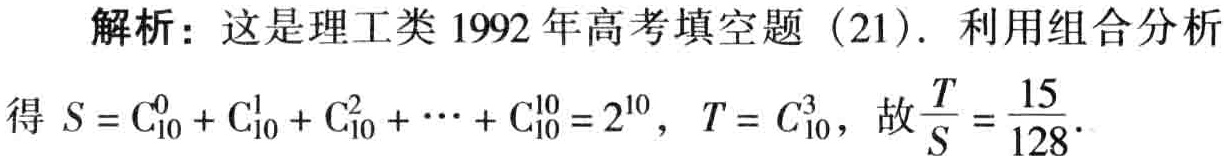
解析：这是理工类1992年高考填空题（21）. 利用组合分析
得 \(S = \mathrm{C}_{10}^0 + \mathrm{C}_{10}^1 + \mathrm{C}_{10}^2 + \cdots + \mathrm{C}_{10}^{10}=2^{10}\)，\(T = C_{10}^3\)，故\(\frac{T}{S}=\frac{15}{128}\).